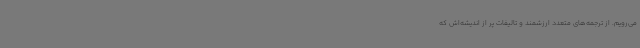
می‌رویم. از ترجمه‌های متعدد ارزشمند و تالیفات پر از اندیشه‌اش که